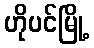
ဟိုပင်မြို့